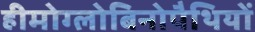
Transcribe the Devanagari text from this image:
हीमोग्लोबिनोपैथियों